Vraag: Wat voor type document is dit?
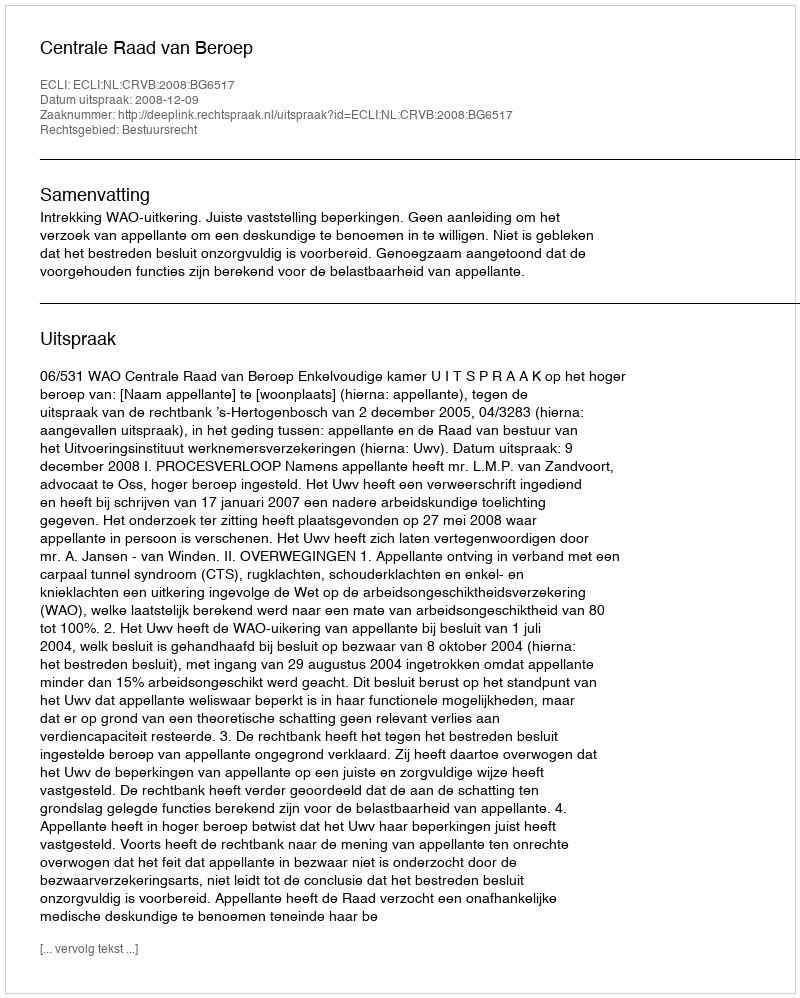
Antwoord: Uitspraak